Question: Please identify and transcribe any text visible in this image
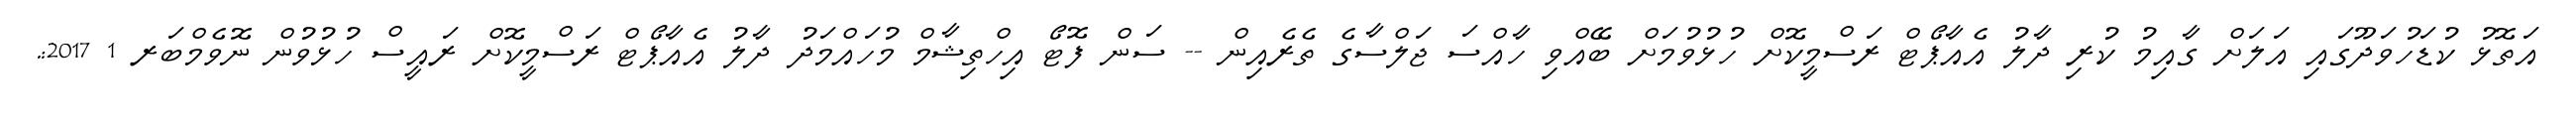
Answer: އަތޮޅު ކުޑަހުވަދޫގައި އަލަށް ގާއިމު ކުރި ދާލު އެއާޕޯޓް ރަސްމީކޮށް ހުޅުވުމަށް ބޭއްވި ހާއްސަ ޖަލްސާގެ ތެރެއިން -- ސަން ފޮޓޯ އިހްތިޝާމް މުހައްމަދު ދާލު އެއާޕޯޓް ރަސްމީކޮށް ރައީސް ހުޅުވުން ނޮވެމްބަރ 1 2017:.